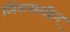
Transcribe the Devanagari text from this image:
लिंकसरहिन्